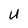
Character: U